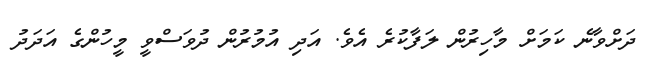
ދަށްވާނެ ކަމަށް މާހިރުން ލަފާކުރެ އެވެ. އަދި އުމުރުން ދުވަސްވީ މީހުންގެ އަދަދު